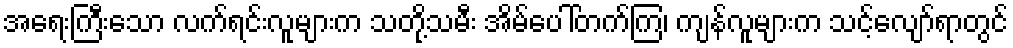
အရေးကြီးသော လက်ရင်းလူများက သတို့သမီး အိမ်ပေါ်တက်ကြ၊ ကျန်လူများက သင့်လျော်ရာတွင်